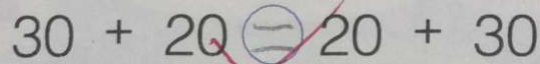
3 0 + 2 0 \textcircled { = } 2 0 + 3 0